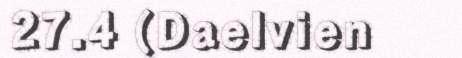
27.4 (Daelvien